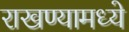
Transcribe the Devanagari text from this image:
राखण्यामध्ये